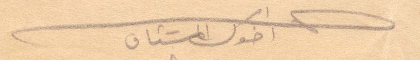
اخوك المشتاق